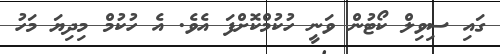
ގައި ސިވިލް ކޯޓުން ވަނީ ހުކުމްކޮށްފަ އެވެ. އެ ހުކުމް މިދިޔަ މަހު